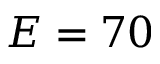
E = 7 0